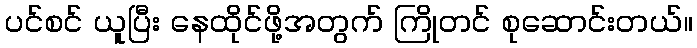
ပင်စင် ယူပြီး နေထိုင်ဖို့အတွက် ကြိုတင် စုဆောင်းတယ်။